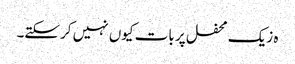
ہ زیک محفل پر بات کیوں نہیں کرسکتے۔